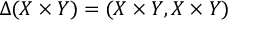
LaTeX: \Delta ( X \times Y ) = ( X \times Y , X \times Y )